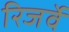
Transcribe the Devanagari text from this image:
रिजर्वे